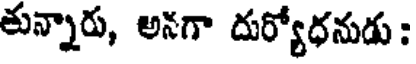
తున్నారు, అనగా దుర్యోధనుడు :